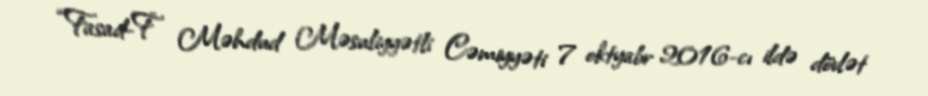
“Fasad-F” Məhdud Məsuliyyətli Cəmiyyəti 7 oktyabr 2016-cı ildə dövlət